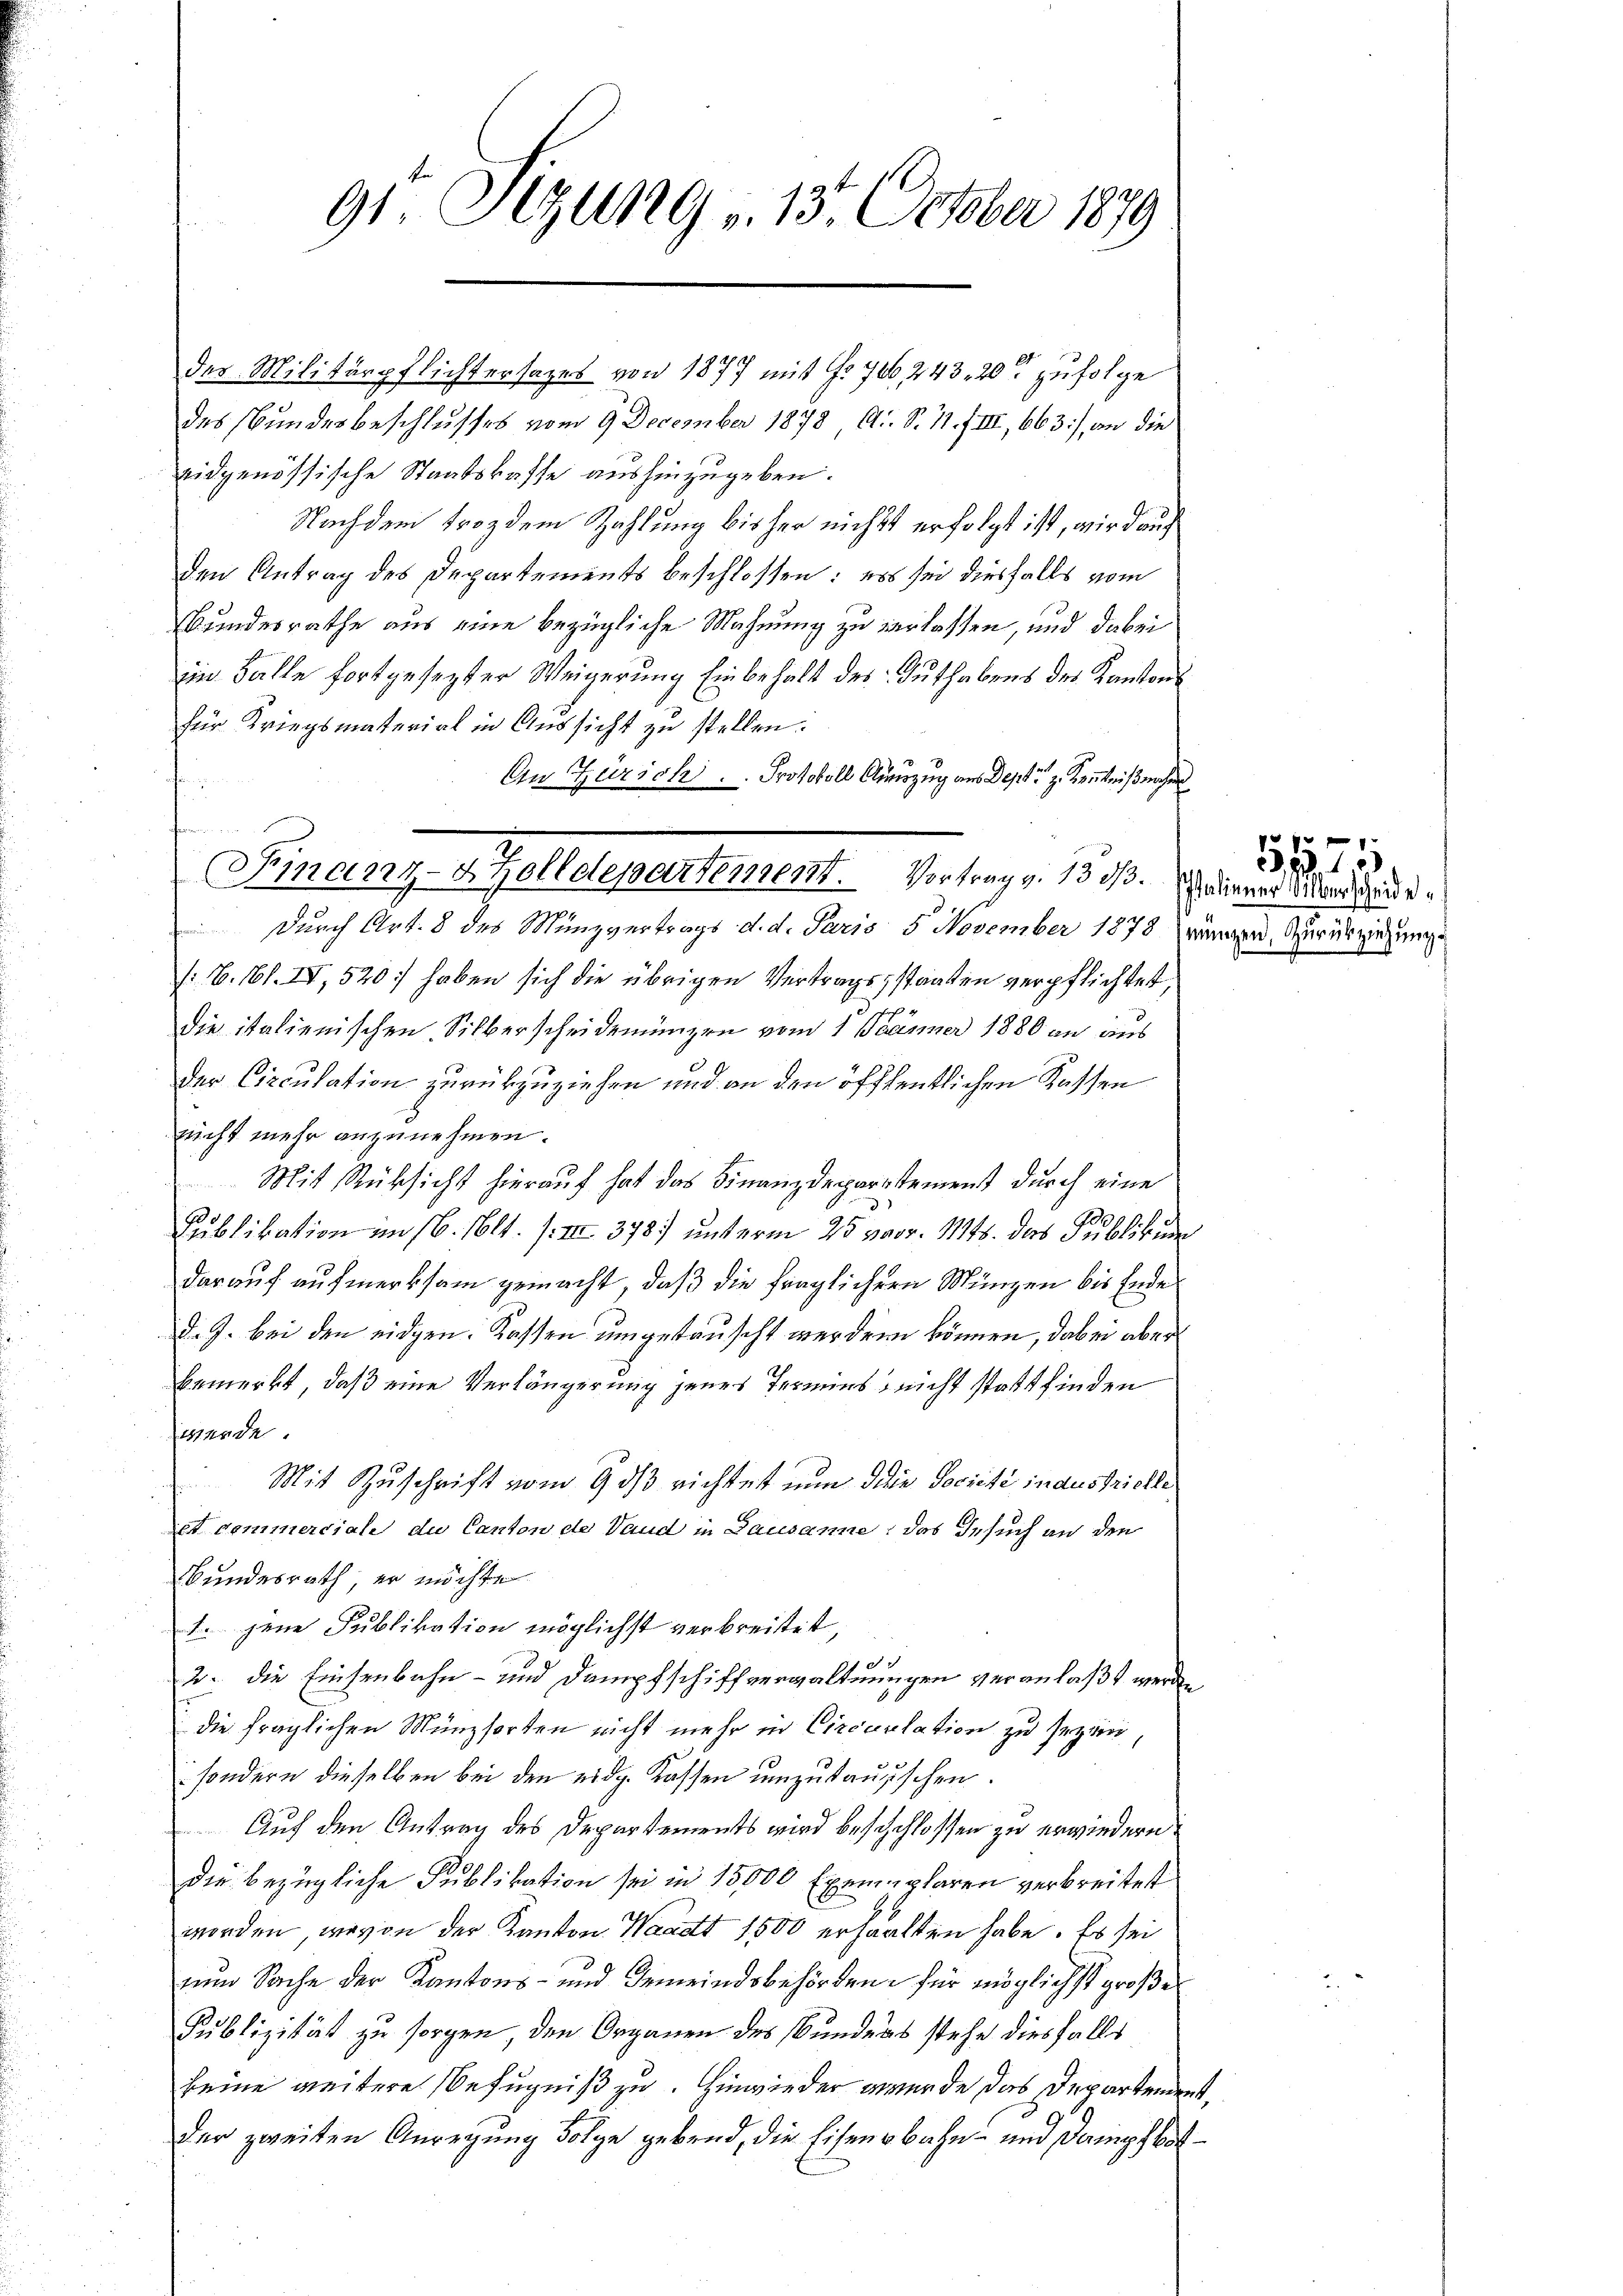
.
91. Legung v. 13. October 1879

.
des Militärpflichtersages von 1877 mit §. 706, 243, 20 zufolge
des Bundesbeschlusses vom 9 December 1878 A. S. 11. f. III, 663), an die
eidgenössische Staatskasse aushinzugeben.
Nachdem Frozdem Zahlung bisher nichts erfolgt ist, wird auch
den Antrag des Departements beschlossen: es sei diesfalls vom
Bundesrathe aus eine bezügliche Mahnung zu verlassen, und dabei
ein Balle fortgesezter Weigerung Einbehalt des Guthabens des Kantons
für Kriegsmaterial in Aussicht zu stellen.
An Zürich  ..  ..  Protokoll Auszug aus Deptz Kenntnißnahe
armen un

Finanz-A Zolldepartement. Vortrag v. 13 1/3. November den d.

Durch Art. 8 des Münzvertrags d. d. Paris 5 November 1878 Prämien, Zurückziehunge
/6. 161. IV, 520) haben sich die übrigen Vertragsstaaten verpflichtet,
die italienischen Silberscheidemungen vom 1 Jänner 1880 an aus
der Circulation zurückzuziehen und an den öffentlichen Kassen
sucht mehr anzunehmen.
Mit Rüksicht hierauf hat das Finanzdepartement durch eine
Publikation im 16. 1614. /: III 378. unterm 25 vor. Mts. das Publikum
darauf aufmerksam gemacht, daß die fraglichern Münzen bis Endes
d. J. bei den eidgen. Kassen umgetauscht werden können, dabei aber
bemerkt, daß eine Verlängerung jenes Termins, nicht statt finden
sigende.
Mit Zuschrift vom 9. dβ richtet nun die Société industrielle
et commerciale du Canton de Vand in Lausanne; das Gesuch an den
Bundesrath, er möchte
t. jene Publikation möglichst verbreitet,
e
2. die Einsenbahn- und Dampfschiffverwaltungen veranlaßt werden
die fraglichen Münzsorten nicht mehr in Circartation zu sezen,
sondern dieselben bei den eidg. Kassen umzutausschen
Auf den Antrag des Departements wird beschschlossen zu erwiedern
die bezügliche Publikation sei in 15000 Exemplaren verbreitet
worden, wovon der Kanton Waadt 1500 erhalten habe. Es sei
nun Sache der Kantons- und Gemeindsbehörden für möglichst große
Publizität zu sorgen, den Organen des Bunders stehe diesfalls
keine weitere Befugniß zu. Hinwieder werde das Departendent,
der zweiten Anregung Folge gebend, die Eisenbahn- und Dampfbot¬

1971